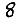
Digit: 8